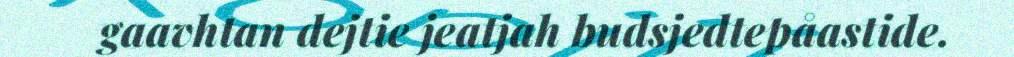
gaavhtan dejtie jeatjah budsjedtepåastide.